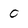
Character: 0